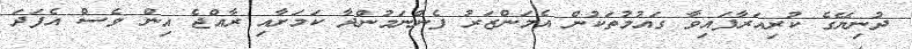
ދުނިޔޭގެ ކުރިއަރާފައިވާ ގައުމުތަކުން އެމަންޒަރު ފެންނަމުންދާ ކަމަށާއި ރާއްޖެ އިން ވެސް އެފަދަ